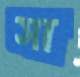
সা